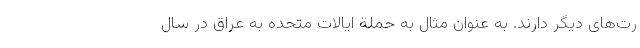
رت­های دیگر دارند. به عنوان مثال به حملة ایالات متحده به عراق در سال